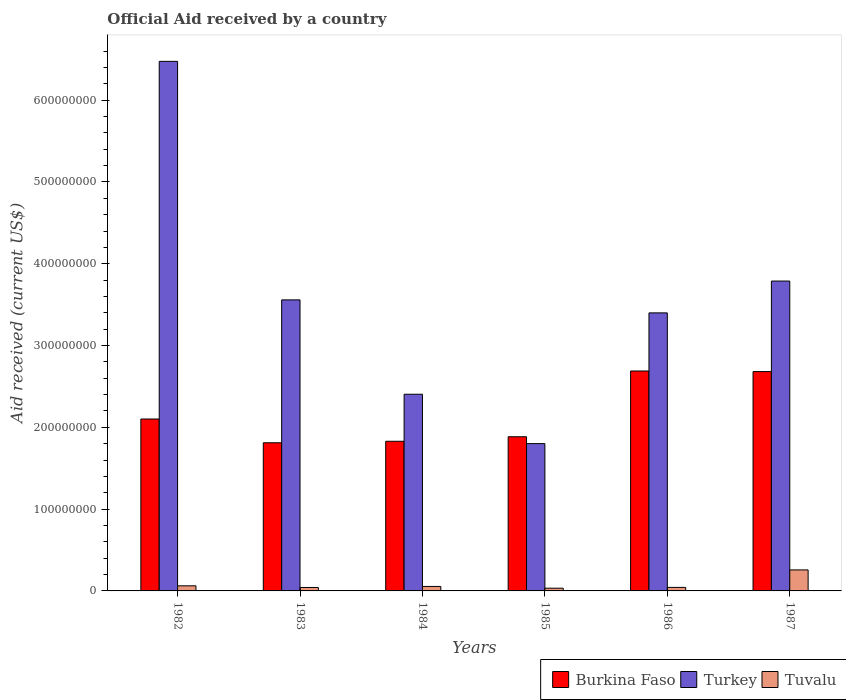
| Years | Burkina Faso | Turkey | Tuvalu |
 | --- | --- | --- | --- |
 | 1982 | 2.1e+08 | 6.48e+08 | 6.23e+06 |
 | 1983 | 1.81e+08 | 3.56e+08 | 4.21e+06 |
 | 1984 | 1.83e+08 | 2.4e+08 | 5.47e+06 |
 | 1985 | 1.88e+08 | 1.8e+08 | 3.33e+06 |
 | 1986 | 2.69e+08 | 3.4e+08 | 4.3e+06 |
 | 1987 | 2.68e+08 | 3.79e+08 | 2.57e+07 |